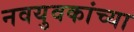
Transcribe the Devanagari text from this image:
नवयुवकांच्या